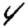
Digit: 4